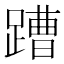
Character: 蹧